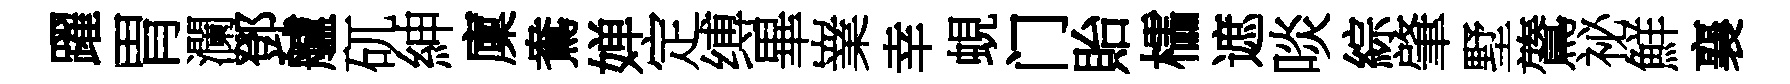
躍胃瀾鄧艫矹紳廩鴦婵定缚畢嶪幸蜆门貽櫺遮啖綜肇墅鷟祕鮮襄